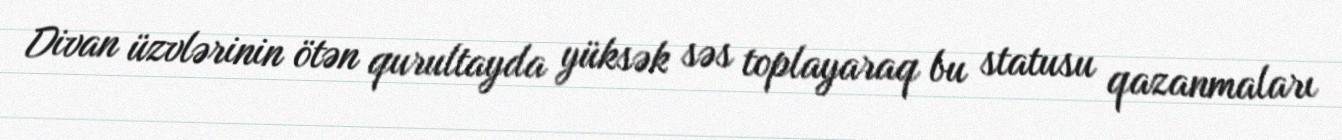
Divan üzvlərinin ötən qurultayda yüksək səs toplayaraq bu statusu qazanmaları